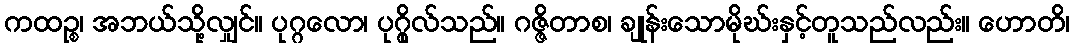
ကထဉ္စ၊ အဘယ်သို့လျှင်။ ပုဂ္ဂလော၊ ပုဂ္ဂိုလ်သည်။ ဂဇ္ဇိတာစ၊ ချုန်းသောမိုဃ်းနှင့်တူသည်လည်း။ ဟောတိ၊